Annual report on the Civil Veterinary Department, Burma (including the Insein Veterinary School) - 1932-1941
Year: 1932
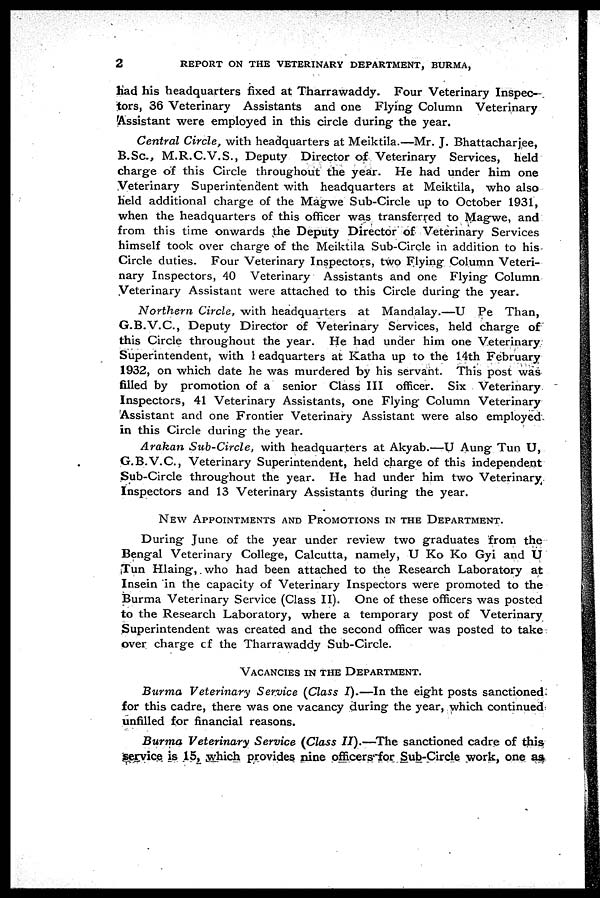
2
REPORT ON THE VETERINARY DEPARTMENT, BURMA,
had his headquarters fixed at Tharrawaddy. Four Veterinary Inspec-
tors, 36 Veterinary Assistants and one Flying Column Veterinary
Assistant were employed in this circle during the year.
Central Circle, with headquarters at Meiktila.—Mr. J. Bhattacharjee,
B.Sc., M.R.C.V.S., Deputy Director of Veterinary Services, held
charge of this Circle throughout the year. He had under him one
Veterinary Superintendent with headquarters at Meiktila, who also
held additional charge of the Magwe Sub-Circle up to October 1931,
when the headquarters of this officer was transferred to Magwe, and
from this time onwards the Deputy Director of Veterinary Services
himself took over charge of the Meiktila Sub-Circle in addition to his
Circle duties. Four Veterinary Inspectors, two Flying Column Veteri-
nary Inspectors, 40 Veterinary Assistants and one Flying Column
Veterinary Assistant were attached to this Circle during the year.
Northern Circle, with headquarters at Mandalay.—U Pe Than,
G.B.V.C., Deputy Director of Veterinary Services, held charge of
this Circle throughout the year. He had under him one Veterinary
Superintendent, with Peadquarters at Katha up to the 14th February
1932, on which date he was murdered by his servant. This post was
filled by promotion of a senior Class III officer. Six Veterinary
Inspectors, 41 Veterinary Assistants, one Flying Column Veterinary
Assistant and one Frontier Veterinary Assistant were also employed
in this Circle during the year.
Arakan Sub-Circle, with headquarters at Akyab.—U Aung Tun U,
G.B.V.C., Veterinary Superintendent, held charge of this independent
Sub-Circle throughout the year. He had under him two Veterinary
Inspectors and 13 Veterinary Assistants during the year.
NEW APPOINTMENT AND PROMOTIONS IN THE DEPARTMENT.
During June of the year under review two graduates from the
Bengal Veterinary College, Calcutta, namely, U Ko Ko Gyi and U
Tun Hlaing, who had been attached to the Research Laboratory at
Insein in the capacity of Veterinary Inspectors were promoted to the
Burma Veterinary Service (Class II). One of these officers was posted
to the Research Laboratory, where a temporary post of Veterinary
Superintendent was created and the second officer was posted to take
over charge of the Tharrawaddy Sub-Circle.
VACANCIES IN THE DEPARTMENT.
Burma Veterinary Service (Class I).—In the eight posts sanctioned
for this cadre, there was one vacancy during the year, which continued
unfilled for financial reasons.
Burma Veterinary Service (Class II).—The sanctioned cadre of this
service is 15, which provides nine officers for Sub-Circle work, one as